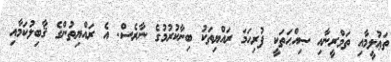
ތަޢުލީމާއި ތަމްރީނާއި ޞިއްޙަތަކީ ފުރިހަމަ ރައްޔިތަކު ބިނާކުރުމުގެ ނާރެސް. އެ ރައްޔިތުންގެ ޤާބިލުކަމާއި